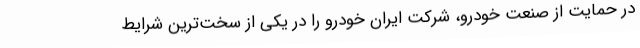
در حمایت از صنعت خودرو، شرکت ایران خودرو را در یکی از سخت‌ترین شرایط